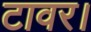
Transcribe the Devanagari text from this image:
टावर।